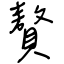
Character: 贅